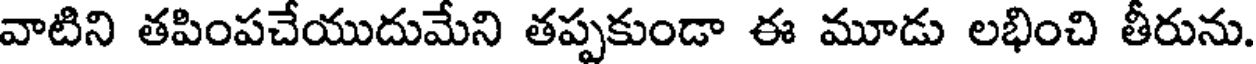
వాటిని తపింపచేయుదుమేని తప్పకుండా ఈ మూడు లభించి తీరును